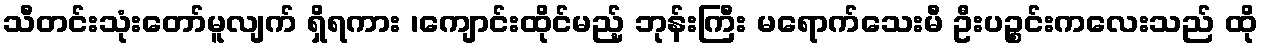
သီတင်းသုံးတော်မူလျက် ရှိရကား ၊ကျောင်းထိုင်မည့် ဘုန်းကြီး မရောက်သေးမီ ဦးပဉ္စင်းကလေးသည် ထို